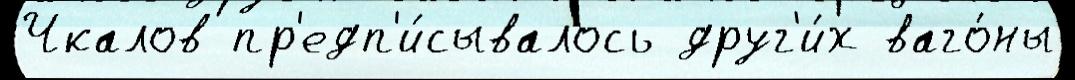
Чкалов пр'едп'и́сывалось друг'и́х ваго́ны